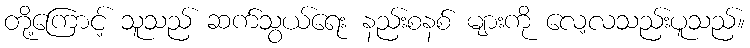
တို့ကြောင့် သူသည် ဆက်သွယ်ရေး နည်းစနစ် များကို လေ့လသည်းပူသည်။